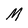
Character: M